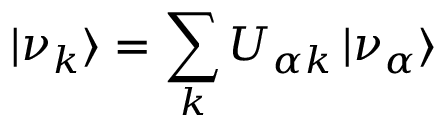
| \nu _ { k } \rangle = \sum _ { k } U _ { \alpha k } \, | \nu _ { \alpha } \rangle